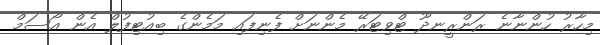
މިހާރު ހުންނާނެ ރަންރީނދޫ ޓްވިޓަރޭ މެންނަށް ފެނިފައި މަމެންގެ ބިއުޓިފުލް އެން އޯސަމް